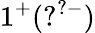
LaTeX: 1^{+}(?^{?-})